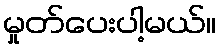
မှုတ်ပေးပါ့မယ်။